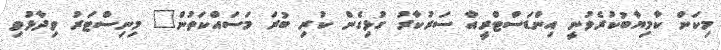
މިކަން ކާމިޔާބުކުރެވުނީ އިންޑަސްޓްރީއާ ސަރުކާރު ގުޅިގެން ކުރި ބުރަ މަސައްކަތުން" މިނިސްޓަރު ވިދާޅުވި